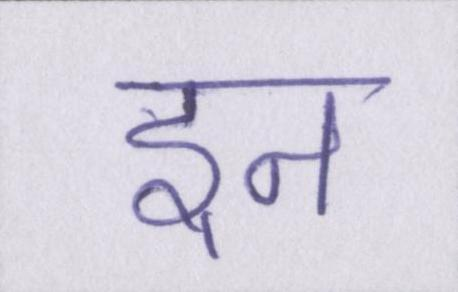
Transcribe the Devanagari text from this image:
इन